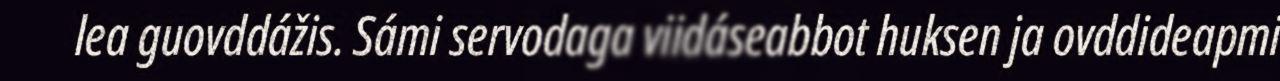
lea guovddážis. Sámi servodaga viidáseabbot huksen ja ovddideapmi